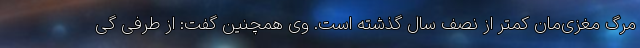
مرگ مغزی‌مان کمتر از نصف سال گذشته است. وی همچنین گفت: از طرفی گی